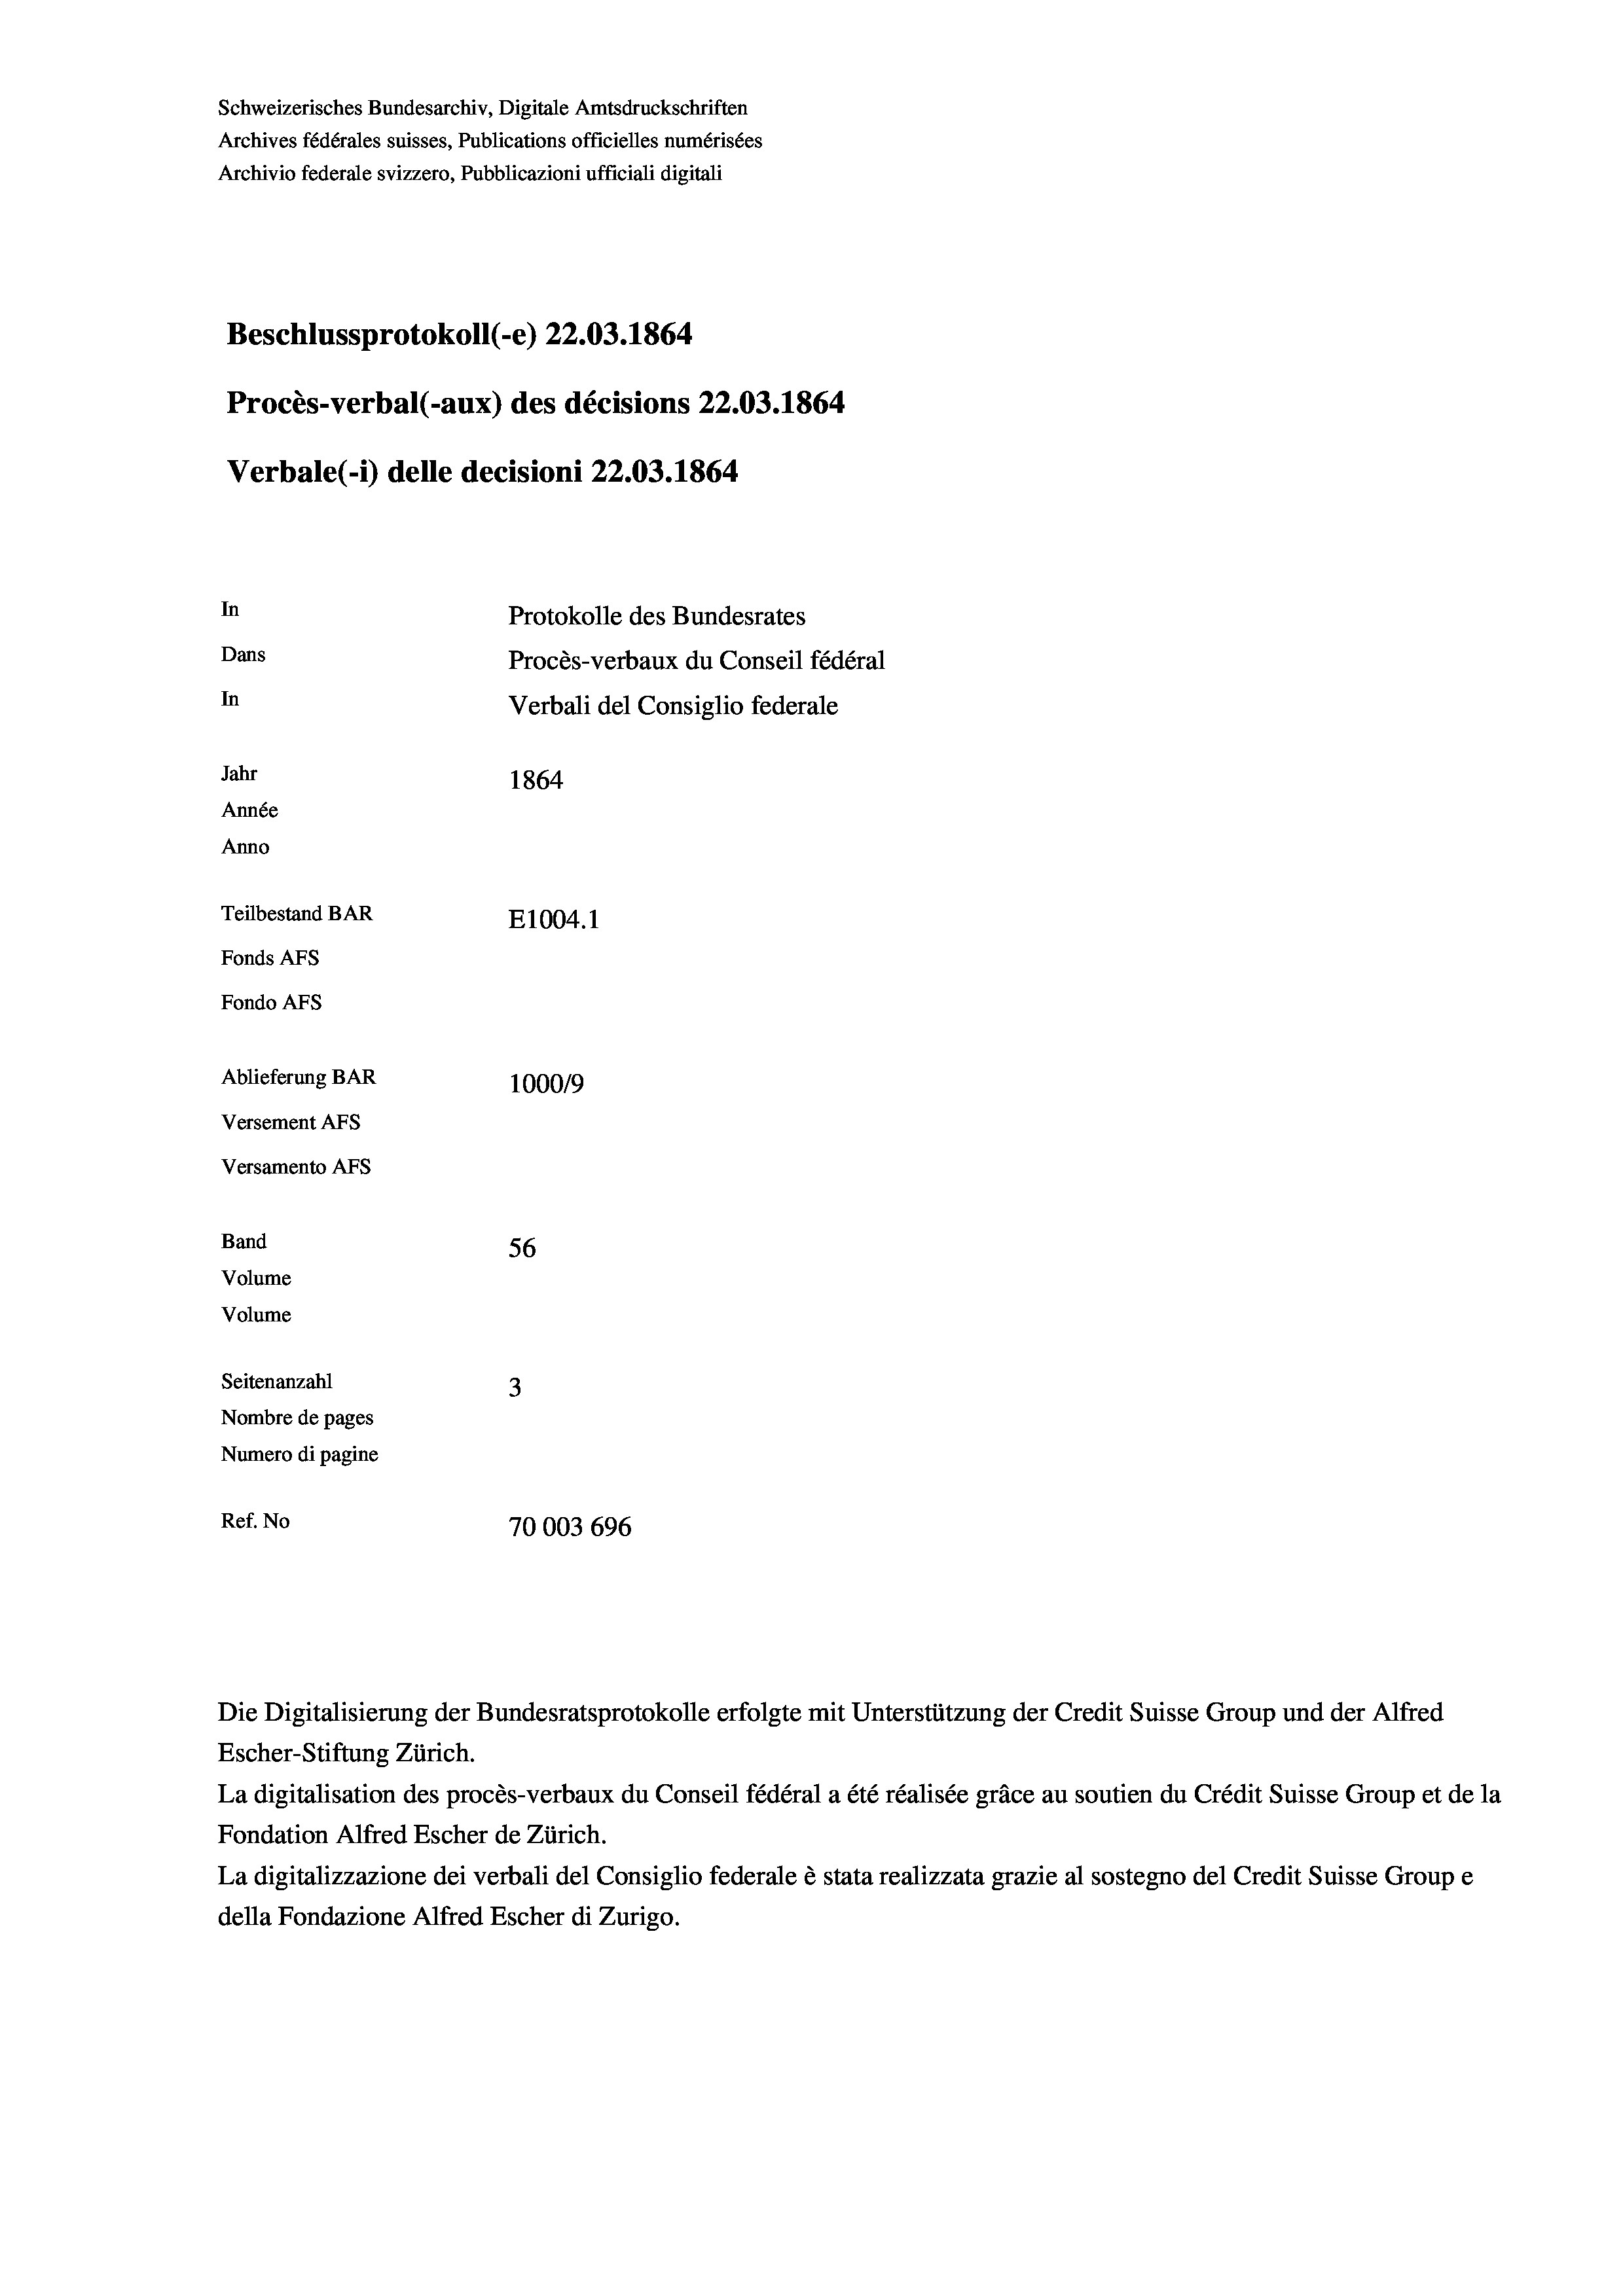
Schweizerisches Bundesarchiv, Digitale Amtsdruckschriften
Archives fédérales suisses, Publications officielles numérisées
Archivio federale svizzero, Pubblicazioni ufficiali digitali
Beschlussprotokoll (-e) 22.03. 1864
Procès-verbal (-aux) des décisions 22.03. 1864
Verbale (i) delle decisioni 22.03. 1864
In
Protokolle des Bundesrates
Dans
Procès-verbaux du Conseil fédéral
In
Verbali del Consiglio federale
Jahr
1864
Année
Anno
Teilbestand BAR
E1004. 1
Fonds Afs
Fondo AFs
Ablieferung BAR
100019
Versement AFs

Versamento Afs
Band
Volume
Volume

56
Seitenanzahl
3
Nombre de pages
Numero di pagine
Ref. No
70003 696

La digitalisation des procès-verbaux du Conseil fédéral a été réalisée gräce au soutien du Crédit Suisse Group et de la
Fondation Alfred Escher de Zürich.
La digitalizzazione dei verbali del Consiglio federale è stata realizzata grazie al sostegno del Credit Suisse Groupe
della Fondazione Alfred Escher di Zurigo.

Die Digitalisierung der Bundesratsprotokolle erfolgte mit Unterstützung der Credit Suisse Group und der Alfred
Escher-Stiftung Zürich.